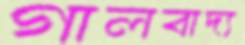
গালবাদ্য